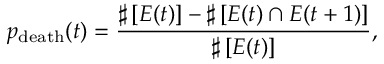
p _ { \mathrm { d e a t h } } ( t ) = \frac { \sharp \left[ { E ( t ) } \right] - \sharp \left[ { E ( t ) \cap E ( t + 1 ) } \right] } { \sharp \left[ { E ( t ) } \right] } ,